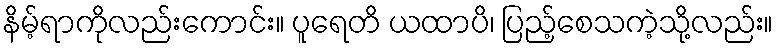
နိမ့်ရာကိုလည်းကောင်း။ ပူရေတိ ယထာပိ၊ ပြည့်စေသကဲ့သို့လည်း။